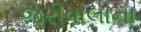
જરીવાલાના